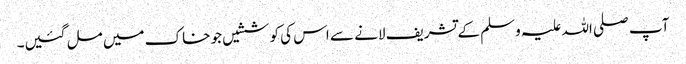
آپ صلی اللہ علیہ وسلم کے تشریف لانے سے اس کی کوششیں جو خاک میں مل گئیں۔